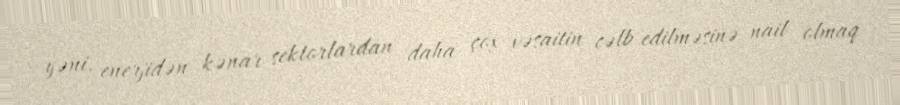
yəni, enerjidən kənar sektorlardan daha çox vəsaitin cəlb edilməsinə nail olmaq